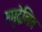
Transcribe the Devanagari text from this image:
समुद्वेलित